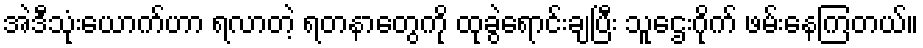
အဲဒီသုံးယောက်ဟာ ရလာတဲ့ ရတနာတွေကို ထုခွဲရောင်းချပြီး သူဌေးဂိုက် ဖမ်းနေကြတယ်။